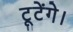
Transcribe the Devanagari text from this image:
टूटेंगे।